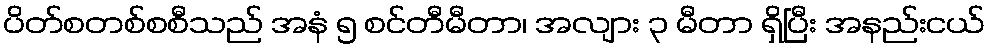
ပိတ်စတစ်စစီသည် အနံ ၅ စင်တီမီတာ၊ အလျား ၃ မီတာ ရှိပြီး အနည်းငယ်